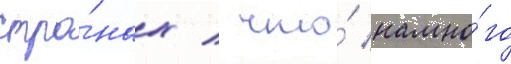
стра́нах / что́ намно́го